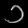
Digit: ၁